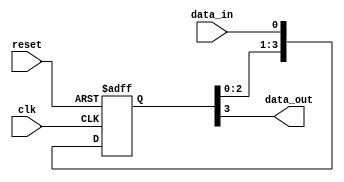
module synchronizer (
input wire clk,
input wire reset,
input wire data_in,
output reg data_out
);

reg [3:0] sync_reg;

always @(posedge clk or posedge reset) begin
  if (reset) begin
    sync_reg <= 4'b0000;
  end else begin
    sync_reg <= {sync_reg[2:0], data_in};
  end
end

assign data_out = sync_reg[3];

endmodule